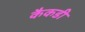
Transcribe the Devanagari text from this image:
कैकडी